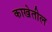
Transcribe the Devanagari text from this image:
काखेतील